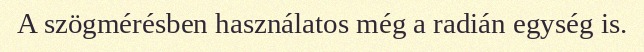
A szögmérésben használatos még a radián egység is.